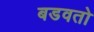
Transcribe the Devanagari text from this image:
बडवतो